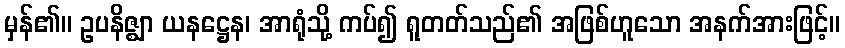
မှန်၏။ ဥပနိဇ္ဈာ ယနဋ္ဌေန၊ အာရုံသို့ ကပ်၍ ရူတတ်သည်၏ အဖြစ်ဟူသော အနက်အားဖြင့်။